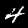
Digit: 4